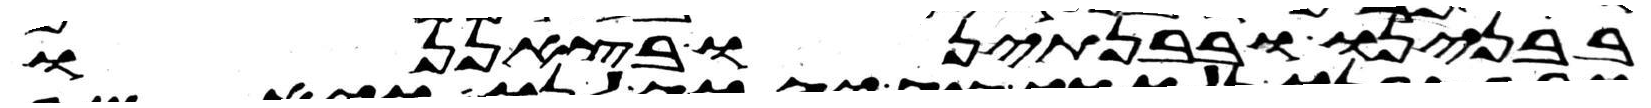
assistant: בבנינו ובבנתינו בצאננו